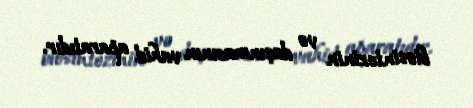
biosintezinin və daşınmasının vahid aparatıdır.